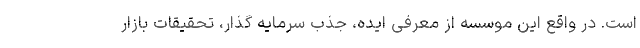
است. در واقع این موسسه از معرفی ایده، جذب سرمایه گذار، تحقیقات بازار